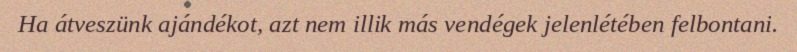
Ha átveszünk ajándékot, azt nem illik más vendégek jelenlétében felbontani.